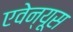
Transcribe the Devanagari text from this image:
एवेन्यूस